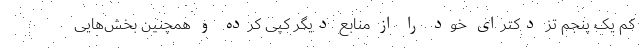
کم یک پنجم تز دکترای خود را از منابع دیگر کپی کرده و همچنین بخش‌هایی